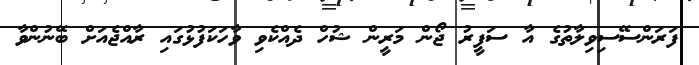
ފަރަންސޭސިވިލާތުގެ އާ ސަފީރު ޖޯން މަރީން ޝުހް ދެއްކެވި ވާހަކަފުޅުގައި ރާއްޖެއަށް ބޭނުންވާ